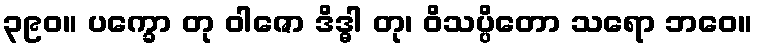
၃၉၀။ ပက္ခော တု ဝါဇော ဒိဒ္ဓါ တု၊ ဝိသပ္ပိတော သရော ဘဝေ။